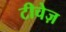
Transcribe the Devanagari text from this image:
टीचेज़